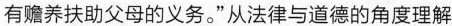
有赡养扶助父母的义务。“从法律与道德的角度理解